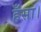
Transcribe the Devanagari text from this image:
हँसा।